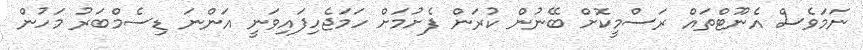
ނަމަވެސް އެނޫޓްތައް ރަސްމީކޮށް ބޭނުން ކުރަން ފެށުމަށް ހަމަޖެހިފައިވަނީ އަންނަ ޑިސެމްބަރު މަހުން